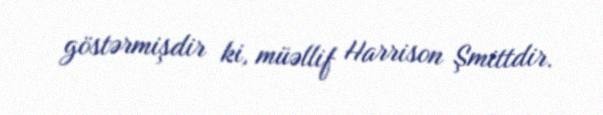
göstərmişdir ki, müəllif Harrison Şmittdir.